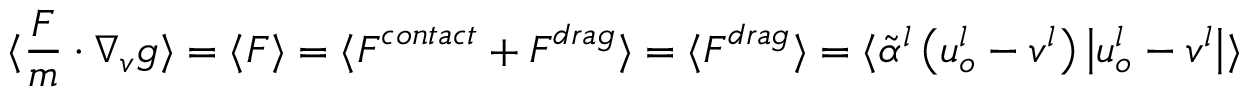
\langle \frac { \boldsymbol { F } } { m } \cdot \nabla _ { \boldsymbol { v } } g \rangle = \langle \boldsymbol { F } \rangle = \langle \boldsymbol { F } ^ { c o n t a c t } + \boldsymbol { F } ^ { d r a g } \rangle = \langle \boldsymbol { F } ^ { d r a g } \rangle = \langle \widetilde { \alpha } ^ { l } \left( \boldsymbol { u } _ { o } ^ { l } - \boldsymbol { v } ^ { l } \right) \left| \boldsymbol { u } _ { o } ^ { l } - \boldsymbol { v } ^ { l } \right| \rangle